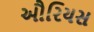
ઔરિયસ